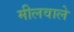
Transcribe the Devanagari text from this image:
मीलवाले